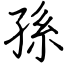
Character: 孫